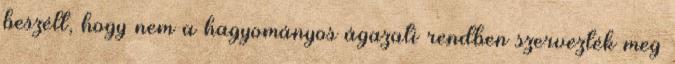
beszélt, hogy nem a hagyományos ágazati rendben szervezték meg